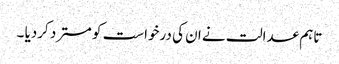
تاہم عدالت نے ان کی درخواست کو مسترد کردیا ۔